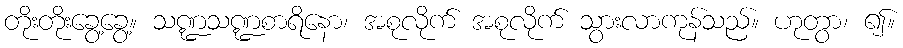
တိုးတိုးခွေ့ခွေ့။ သဏ္ဍသဏ္ဍစာရိနော၊ အစုလိုက် အစုလိုက် သွားလာကုန်သည်။ ဟုတွာ၊ ၍။